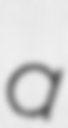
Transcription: a